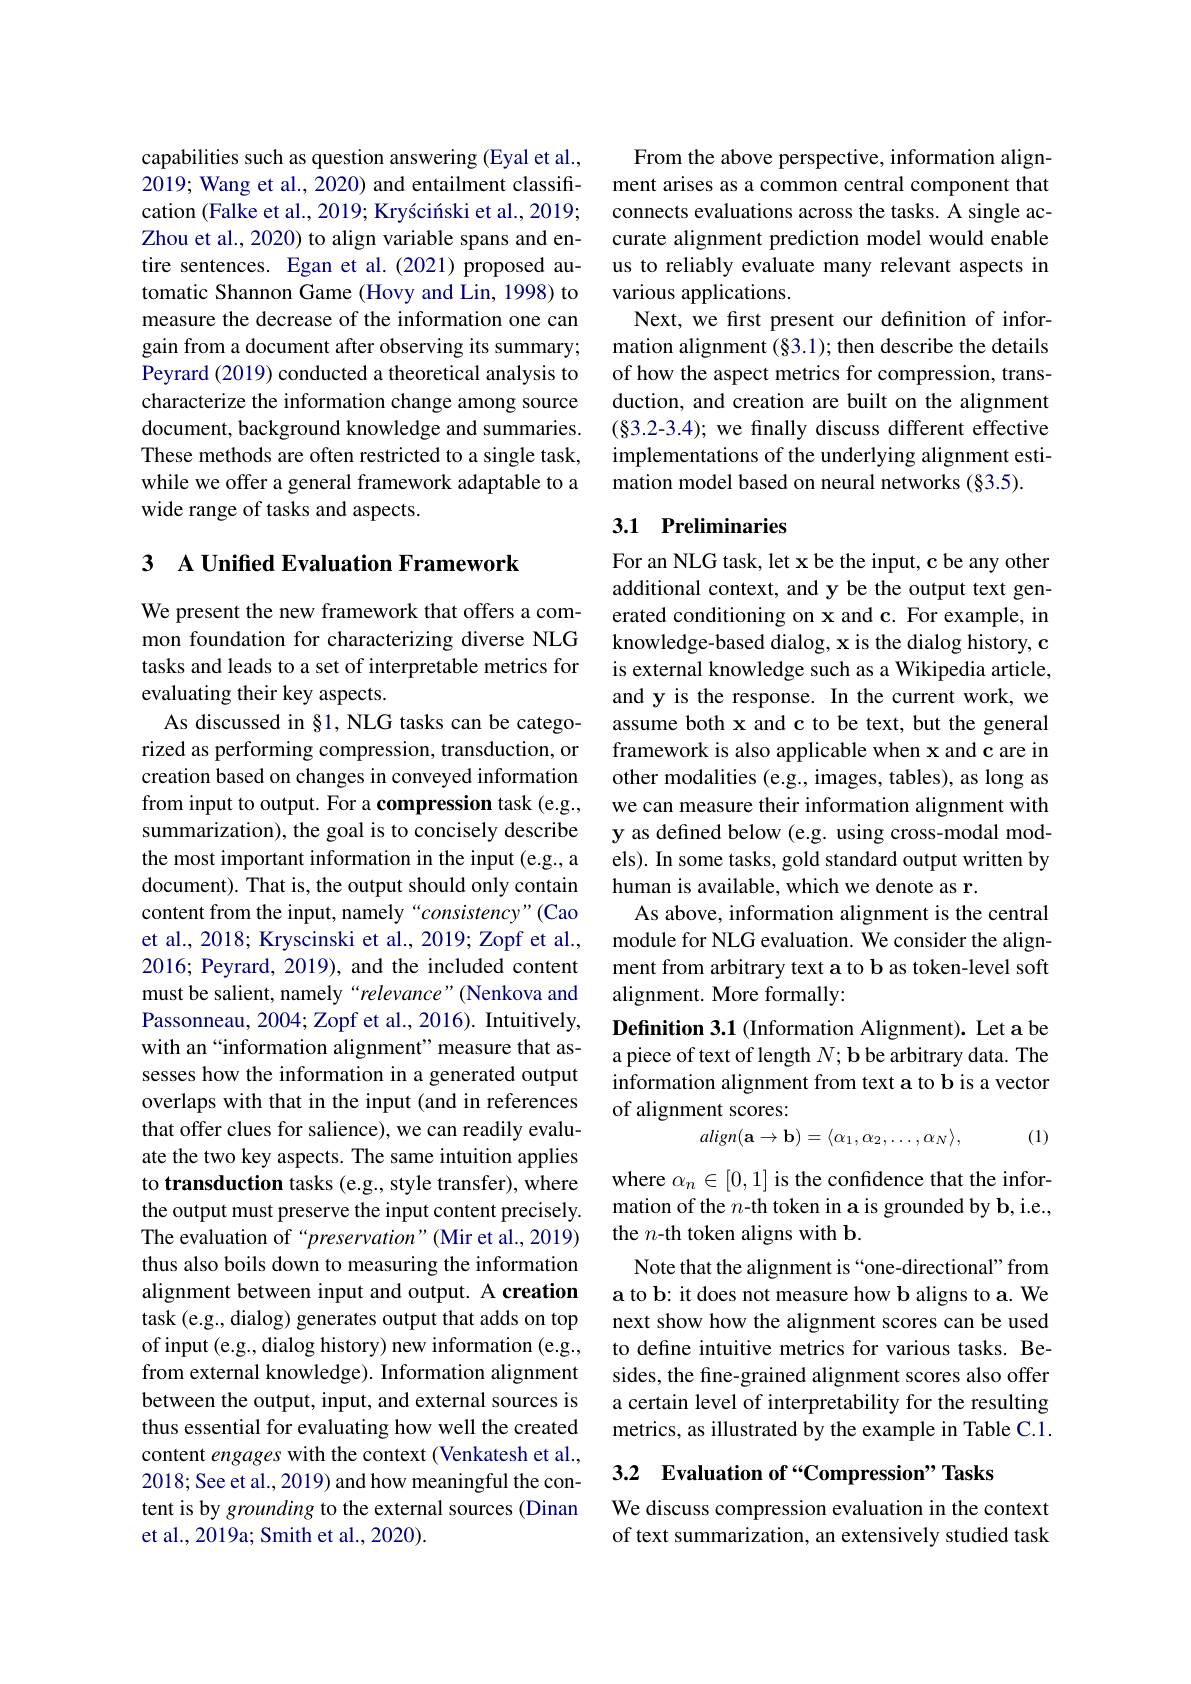
capabilities such as question answering (Eyal et al., 2019; Wang et al., 2020) and entailment classification (Falke et al., 2019; Kryściński et al., 2019; Zhou et al., 2020) to align variable spans and entire sentences. Egan et al.(2021) proposed automatic Shannon Game (Hovy and Lin, 1998) to measure the decrease of the information one can gain from a document after observing its summary; Peyrard (2019) conducted a theoretical analysis to characterize the information change among source document, background knowledge and summaries. These methods are often restricted to a single task, while we offer a general framework adaptable to a wide range of tasks and aspects.

## 3 A Unified Evaluation Framework

We present the new framework that offers a common foundation for characterizing diverse NLG tasks and leads to a set of interpretable metrics for evaluating their key aspects.
As discussed in §1, NLG tasks can be categorized as performing compression, transduction, or creation based on changes in conveyed information from input to output. For a compression task (e.g., summarization), the goal is to concisely describe the most important information in the input (e.g., a document). That is, the output should only contain content from the input, namely“consistency”(Cao et al., 2018; Kryscinski et al., 2019; Zopf et al., 2016; Peyrard, 2019), and the included content must be salient, namely“relevance”(Nenkova and Passonneau, 2004; Zopf et al., 2016). Intuitively, with an“information alignment”measure that assesses how the information in a generated output overlaps with that in the input (and in references that offer clues for salience), we can readily evaluate the two key aspects. The same intuition applies to transduction tasks (e.g., style transfer), where the output must preserve the input content precisely. The evaluation of“preservation”(Mir et al., 2019) thus also boils down to measuring the information alignment between input and output. A creation task (e.g., dialog) generates output that adds on top of input (e.g., dialog history) new information (e.g., from external knowledge). Information alignment between the output, input, and external sources is thus essential for evaluating how well the created content engages with the context (Venkatesh et al., 2018; See et al., 2019) and how meaningful the content is by grounding to the external sources (Dinan et al., 2019a; Smith et al., 2020).

From the above perspective, information alignment arises as a common central component that connects evaluations across the tasks. A single accurate alignment prediction model would enable us to reliably evaluate many relevant aspects in various applications.
Next, we frst present our definition of information alignment $(\S3.1);$ then describe the details of how the aspect metrics for compression, transduction, and creation are built on the alignment (§3.2-3.4); we finally discuss different effective implementations of the underlying alignment estimation model based on neural networks (§3.5).

## 3.1 Preliminaries

For an NLG task, let x be the input, c be any other additional context, and y be the output text generated conditioning on x and c. For example, in knowledge-based dialog, x is the dialog history, c is external knowledge such as a Wikipedia article, and y is the response. In the current work, we assume both x and c to be text, but the general framework is also applicable when x and c are in other modalities (e.g., images, tables), as long as we can measure their information alignment with y as defined below (e.g. using cross-modal models). In some tasks, gold standard output written by human is available, which we denote as r.
As above, information alignment is the central module for NLG evaluation. We consider the alignment from arbitrary text a to b as token-level soft alignment. More formally:
Defnition 3.1 (Information Alignment). Let a be

a piece of text of length $N;\mathbf{b}$ be arbitrary data. The information alignment from text a to b is a vector of alignment scores:
$$align(\mathbf{a}\to\mathbf{b})=\langle\alpha_1,\alpha_2,\ldots,\alpha_N\rangle,$$
(1)

where $\alpha_n\in[0,1]$ is the confidence that the information of the $n$-th token in a is grounded by b, i.e., the $n$-th token aligns with b.
Note that the alignment is“one-directional”from a to b: it does not measure how b aligns to a. We next show how the alignment scores can be used to define intuitive metrics for various tasks. Besides, the fine-grained alignment scores also offer a certain level of interpretability for the resulting metrics, as illustrated by the example in Table C.1.

3.2 Evaluation of“Compression”Tasks

We discuss compression evaluation in the context of text summarization, an extensively studied task